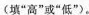
(填“高”或”低”).